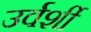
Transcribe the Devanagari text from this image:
उर्वर्शी